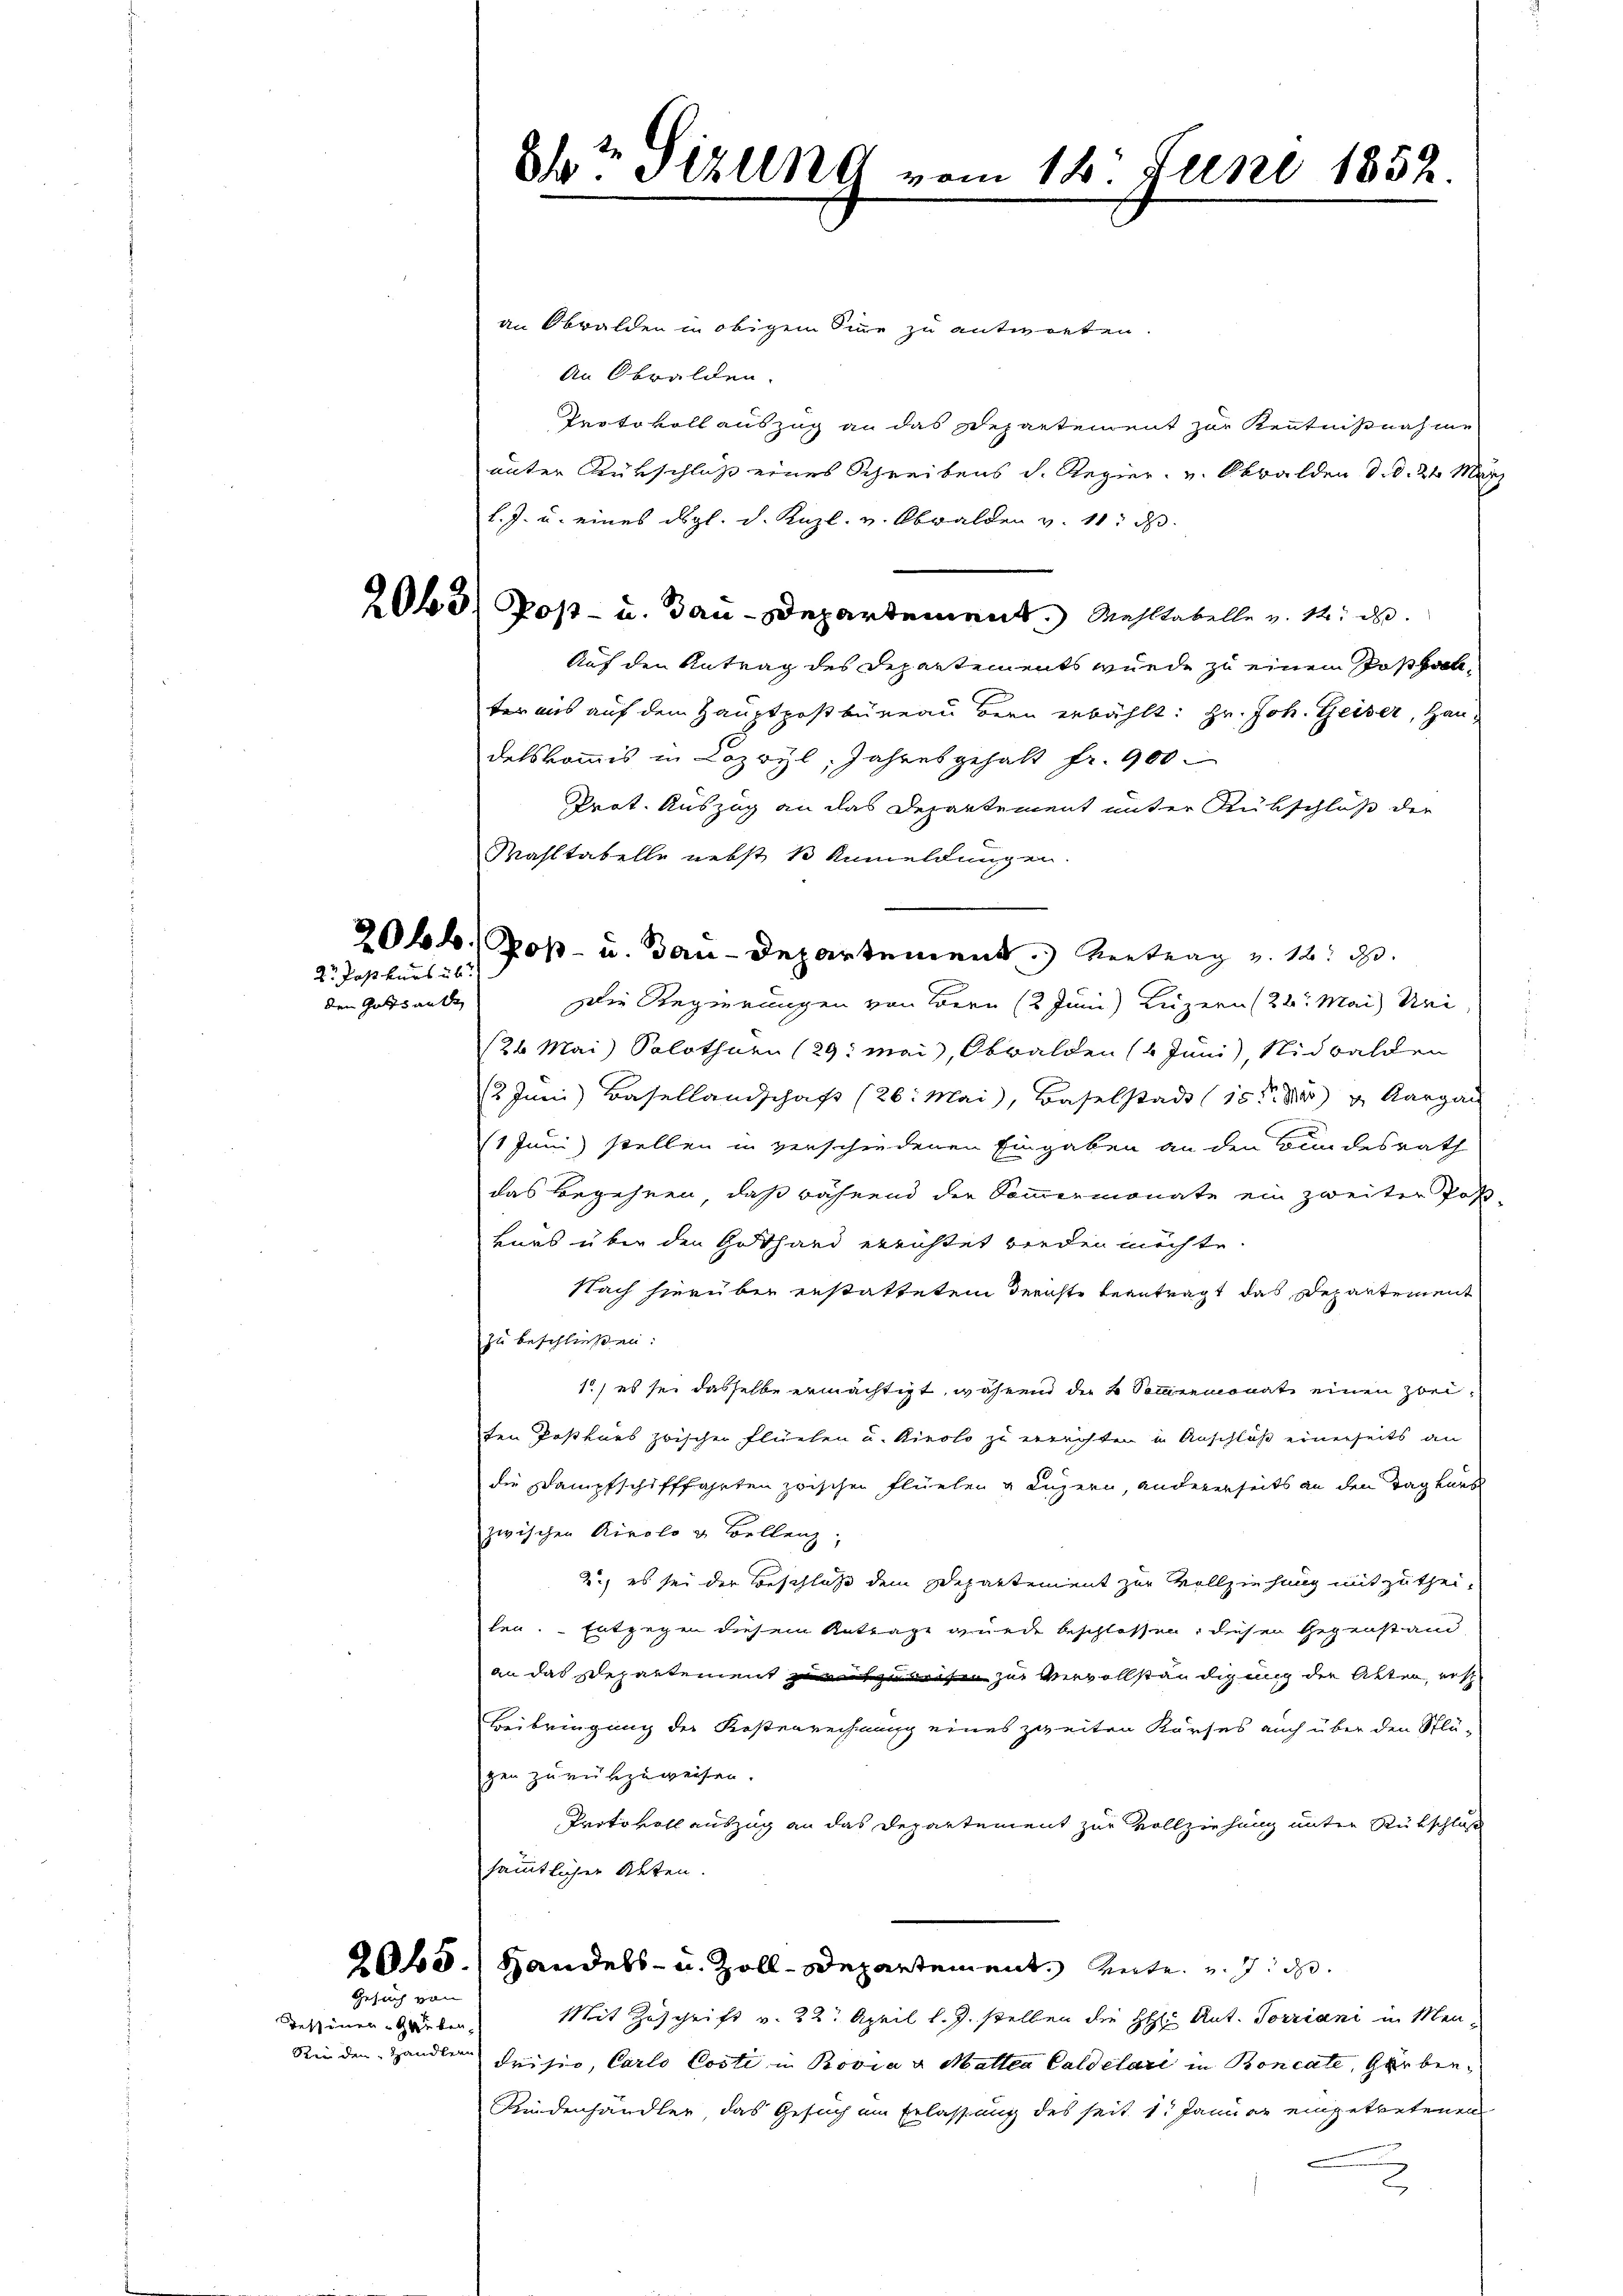
2r Postkurs üb

den Gotts ande

Gesuch von
Tessinen Gruben

84t Sitzung vom 18. Juni 1852.

an Obwalden in obigem Sinne zu antworten.
An Obwalden.
Protokollauszug an das Departement zur Kenntnißnahme
unter Rückschluß eines Schreibens d. Regier- u. Obwalden d. d. 24. März
l. J. u. eines drgl. d. Knzl. v. Obwalden v. 11. d.
2065) Post- u. Bau-Departement. Mehltabelle v. M. de
Auf den Antrag des Departements wurde zu einem Posthalter aus auf dem Hauptpostbüreau Bern erbählt: Hr. Joh. Geiser, Haudelskommis in Lazoyl, Jahresgehalt fr. 900.
Prät. Auszug an das Departement unter Rückschluß der
Wahltabelle nebst 1 Anmeldungen.
20hh. Post- u. Bau-Departement Vertrag v. 12. d.
Die Regierungen von Bern (2 Juni) Luzern (22. Mai) Uri
126 Mai) Solothurn (29. Mai, Obwalden (1 Juni, Nidwalden
(2 Juni) Basellandschaft (26. Mai, Baselstadt 15 t d Aargau
(1 Juni stellen in verschiedenen Eingaben an den Blindesrath
das Begehren, daß während der Sommermonate ein zweiter Postkurs über den Gothard errichtet werden möchte.
Nach hierüber erstattetem derachte beantragt das Departement
zu beschließen:
1) es sei dasselbe ermächtigt, währen die 4 Sommenmonate einen Zweiten Postkurs zwischer Flüelen u. Kirolo zu errichten in Anschluß einerseits an
die Dampfschifffahrten zwischen Flüelen u Luzern, andererseits an den Tag kaus
zwischen Airolo u. Bellenz,
2., es sei der Beschluss dem Departement zur Vollziehung mitzutheilen. Entgegen diesem Antrage wurde beschlossen, diesen Gegenstand
an das Separtement zuzuweisen zur Vervollständigung der Akten, res
Beibringung der Kostenrechnung eines zweiten Kurses auch über den Stlä-
gen zurükzuweisen.
Protokoll auszug an das Departement zur Vollziehung unter Rückschluß
sämmtlicher Akten.
2045.) Handels- u. Zoll-Departement, Unter u. s. de
Mit Zuschrift v. 22. April l. J. stellen die HH: Ant. Torriani in Men¬
Reiden Handler Crisio, Carlo Costi in Provia u Matten Caldelari in Roncate, Gerben
Kindenhändler das Gesuch im Erlassung des seit 1. Januar eingetretenen
2